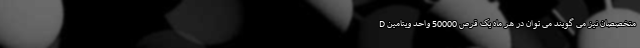
متخصصان نیز می گویند می توان در هر ماه یک قرص 50000 واحد ویتامین D